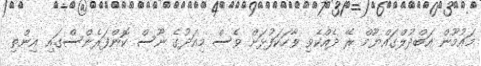
މައުމޫން އަބްދުލްގައްޔޫމް ރޭ ދެއްކެވި ވާހަކަފުޅަށް ވެސް މިއަދުގެ ނޫސް ކޮންފަރެންސްގައި އިންތި